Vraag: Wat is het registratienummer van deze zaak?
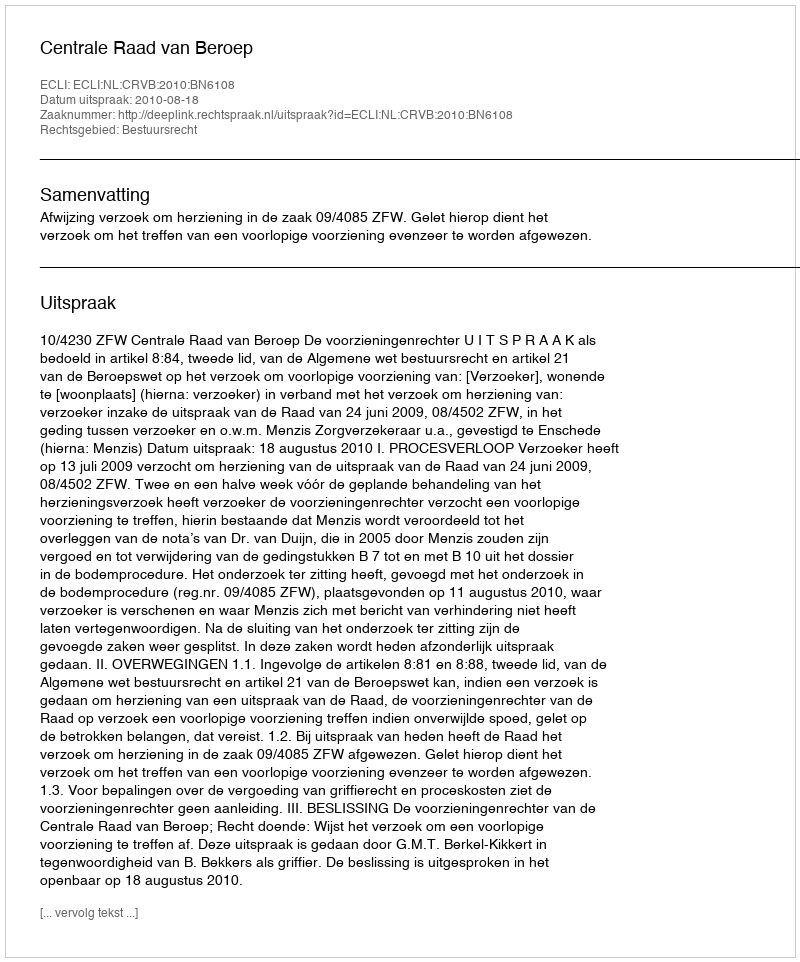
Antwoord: http://deeplink.rechtspraak.nl/uitspraak?id=ECLI:NL:CRVB:2010:BN6108